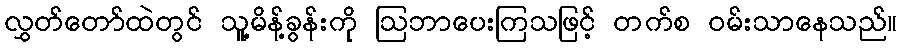
လွှတ်တော်ထဲတွင် သူ့မိန့်ခွန်းကို ဩဘာပေးကြသဖြင့် တက်စ ဝမ်းသာနေသည်။